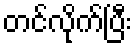
တင်လိုက်ပြီး